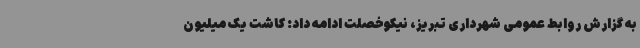
به گزارش روابط عمومی شهرداری تبریز، نیکوخصلت ادامه داد: کاشت یک میلیون